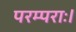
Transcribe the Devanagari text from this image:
परम्पराः।